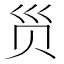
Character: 𲂺